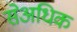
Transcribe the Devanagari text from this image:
सेअधिक